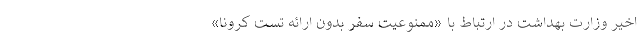
اخیر وزارت بهداشت در ارتباط با «ممنوعیت سفر بدون ارائه تست کرونا»